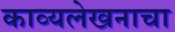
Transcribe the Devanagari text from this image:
काव्यलेखनाचा